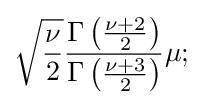
{\sqrt {\frac {\nu }{2}}}{\frac {\Gamma \left({\frac {\nu +2}{2}}\right)}{\Gamma \left({\frac {\nu +3}{2}}\right)}}\mu ;